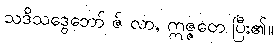
သဒိသဒွေဘော် ဇ် လာ, ဣဇ္ဇတေ ပြီး၏။